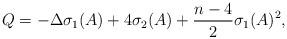
LaTeX: \begin{align*} Q = - \Delta \sigma_1(A) + 4 \sigma_2(A) + \frac{n-4}{2} \sigma_1(A)^2,\end{align*}